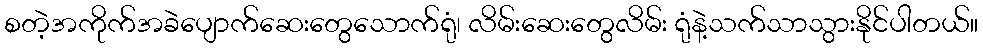
စတဲ့အကိုက်အခဲပျောက်ဆေးတွေသောက်ရုံ၊ လိမ်းဆေးတွေလိမ်း ရုံနဲ့သက်သာသွားနိုင်ပါတယ်။